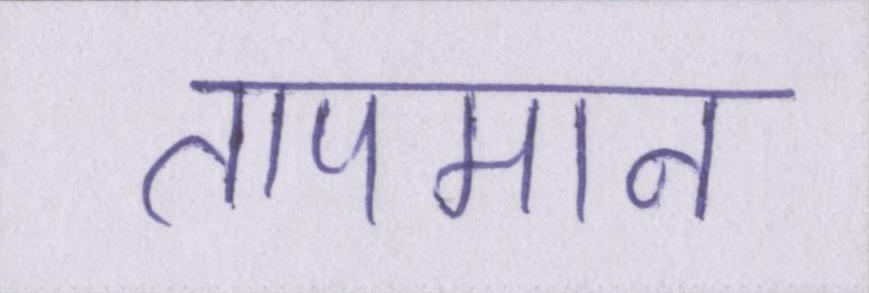
तापमान